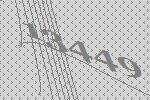
13449